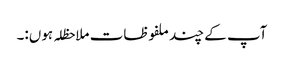
آپ کے چند ملفوظات ملاحظلہ ہوں:۔